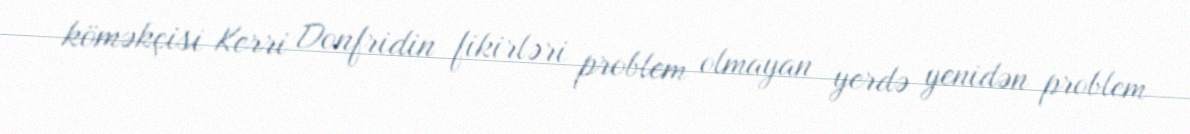
köməkçisi Kerri Donfridin fikirləri problem olmayan yerdə yenidən problem